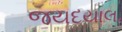
જયદયાલ